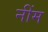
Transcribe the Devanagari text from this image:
नींम